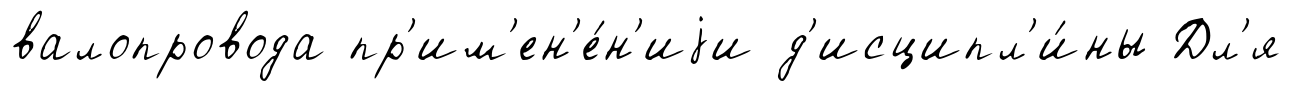
валопровода пр'им'ен'е́н'иjи д'исципл'и́ны Дл'я